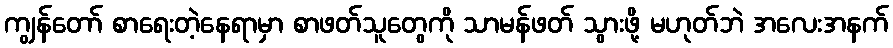
ကျွန်တော် စာရေးတဲ့နေရာမှာ စာဖတ်သူတွေကို သာမန်ဖတ် သွားဖို့ မဟုတ်ဘဲ အလေးအနက်